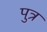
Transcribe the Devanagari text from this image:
पुत्र